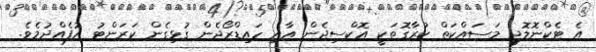
އެ ޓެކްނޮލޮޖީ މަސައްކަތް ކުރާގޮތަކީ އޮކްސިޖެން އާއި ހައިޑްރޯޖެން ގުޅިގެން ކަރަންޓު އުފެއްދުމެވެ.